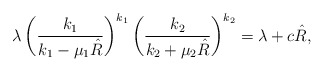
\begin{align*} \lambda\, \biggl(\frac{k_1}{k_1-\mu_1 \hat R} \biggr)^{k_1}\,\biggl(\frac{k_2}{k_2+\mu_2 \hat R} \biggr)^{k_2} =\lambda+c\hat R,\end{align*}